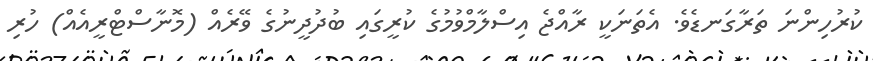
ކުރުހިންނަ ތަރާގަނޑެވެ. އެތަނަކީ ރާއްޖެ އިސްލާމްވުމުގެ ކުރީގައި ބުދުދީނުގެ ވޭރެއް (މޮނާސްޓްރީއެއް) ހުރި